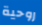
روحية